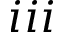
i i i